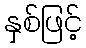
နှစ်ဖြင့်